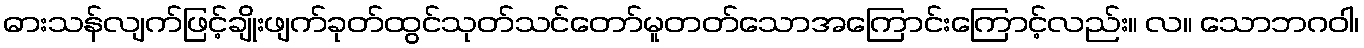
ဓားသန်လျက်ဖြင့်ချိုးဖျက်ခုတ်ထွင်သုတ်သင်တော်မူတတ်သောအကြောင်းကြောင့်လည်း။ လ။ သောဘဂဝါ၊